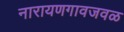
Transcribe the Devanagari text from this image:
नारायणगावजवळ